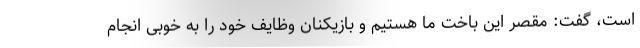
است، گفت: مقصر این باخت ما هستیم و بازیکنان وظایف خود را به خوبی انجام